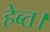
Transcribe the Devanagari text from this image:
हेब्त।